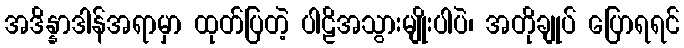
အဒိန္နာဒါန်အရာမှာ ထုတ်ပြတဲ့ ပါဠိအသွားမျိုးပါပဲ၊ အတိုချုပ် ပြောရရင်